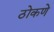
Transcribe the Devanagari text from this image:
ठोकणे